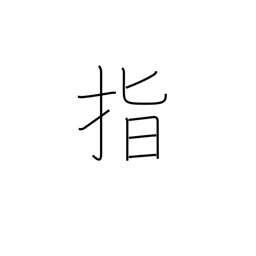
Meaning: point to